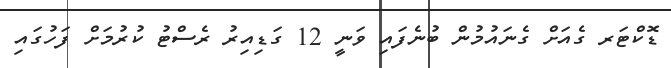
ޑޮކްޓަރ ގެއަށް ގެނައުމުން ބުނެފައި ވަނީ 12 ގަޑިއިރު ރެސްޓު ކުރުމަށް ފަހުގައި